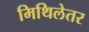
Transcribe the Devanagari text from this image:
मिथिलेतर